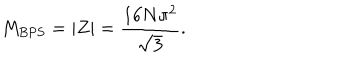
M _ { \mathrm { B P S } } = \left| Z \right| = \frac { 1 6 N \pi ^ { 2 } } { \sqrt { 3 } } .